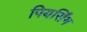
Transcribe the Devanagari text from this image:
पियर्सिंग